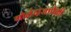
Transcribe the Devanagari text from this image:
गोलंदाजापैकी